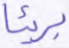
بريئا